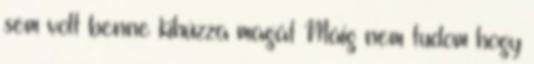
sem volt benne kihúzza magát Máig nem tudom hogy